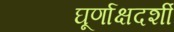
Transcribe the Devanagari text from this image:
घूर्णाक्षदर्शी